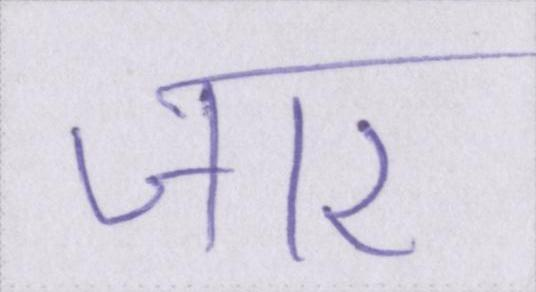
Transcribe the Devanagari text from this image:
जार